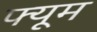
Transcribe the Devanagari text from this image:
फ्यूम